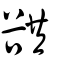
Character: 谼